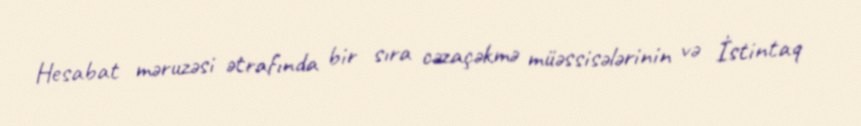
Hesabat məruzəsi ətrafında bir sıra cəzaçəkmə müəssisələrinin və İstintaq